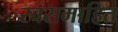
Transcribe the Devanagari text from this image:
स्वसमाहित